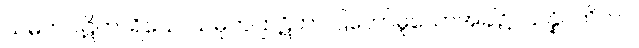
ယမကပါဋိဟာရိယေ၊ ယမိုက်ပြာဋိဟာ ပြတော်မူသောအခါ၌။ သန္နိပတိတာ၊